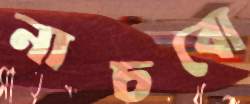
নাচবো